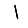
Digit: 1